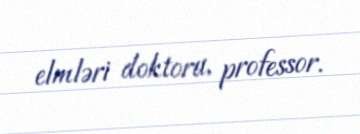
elmləri doktoru, professor.